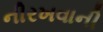
નીરખવાની